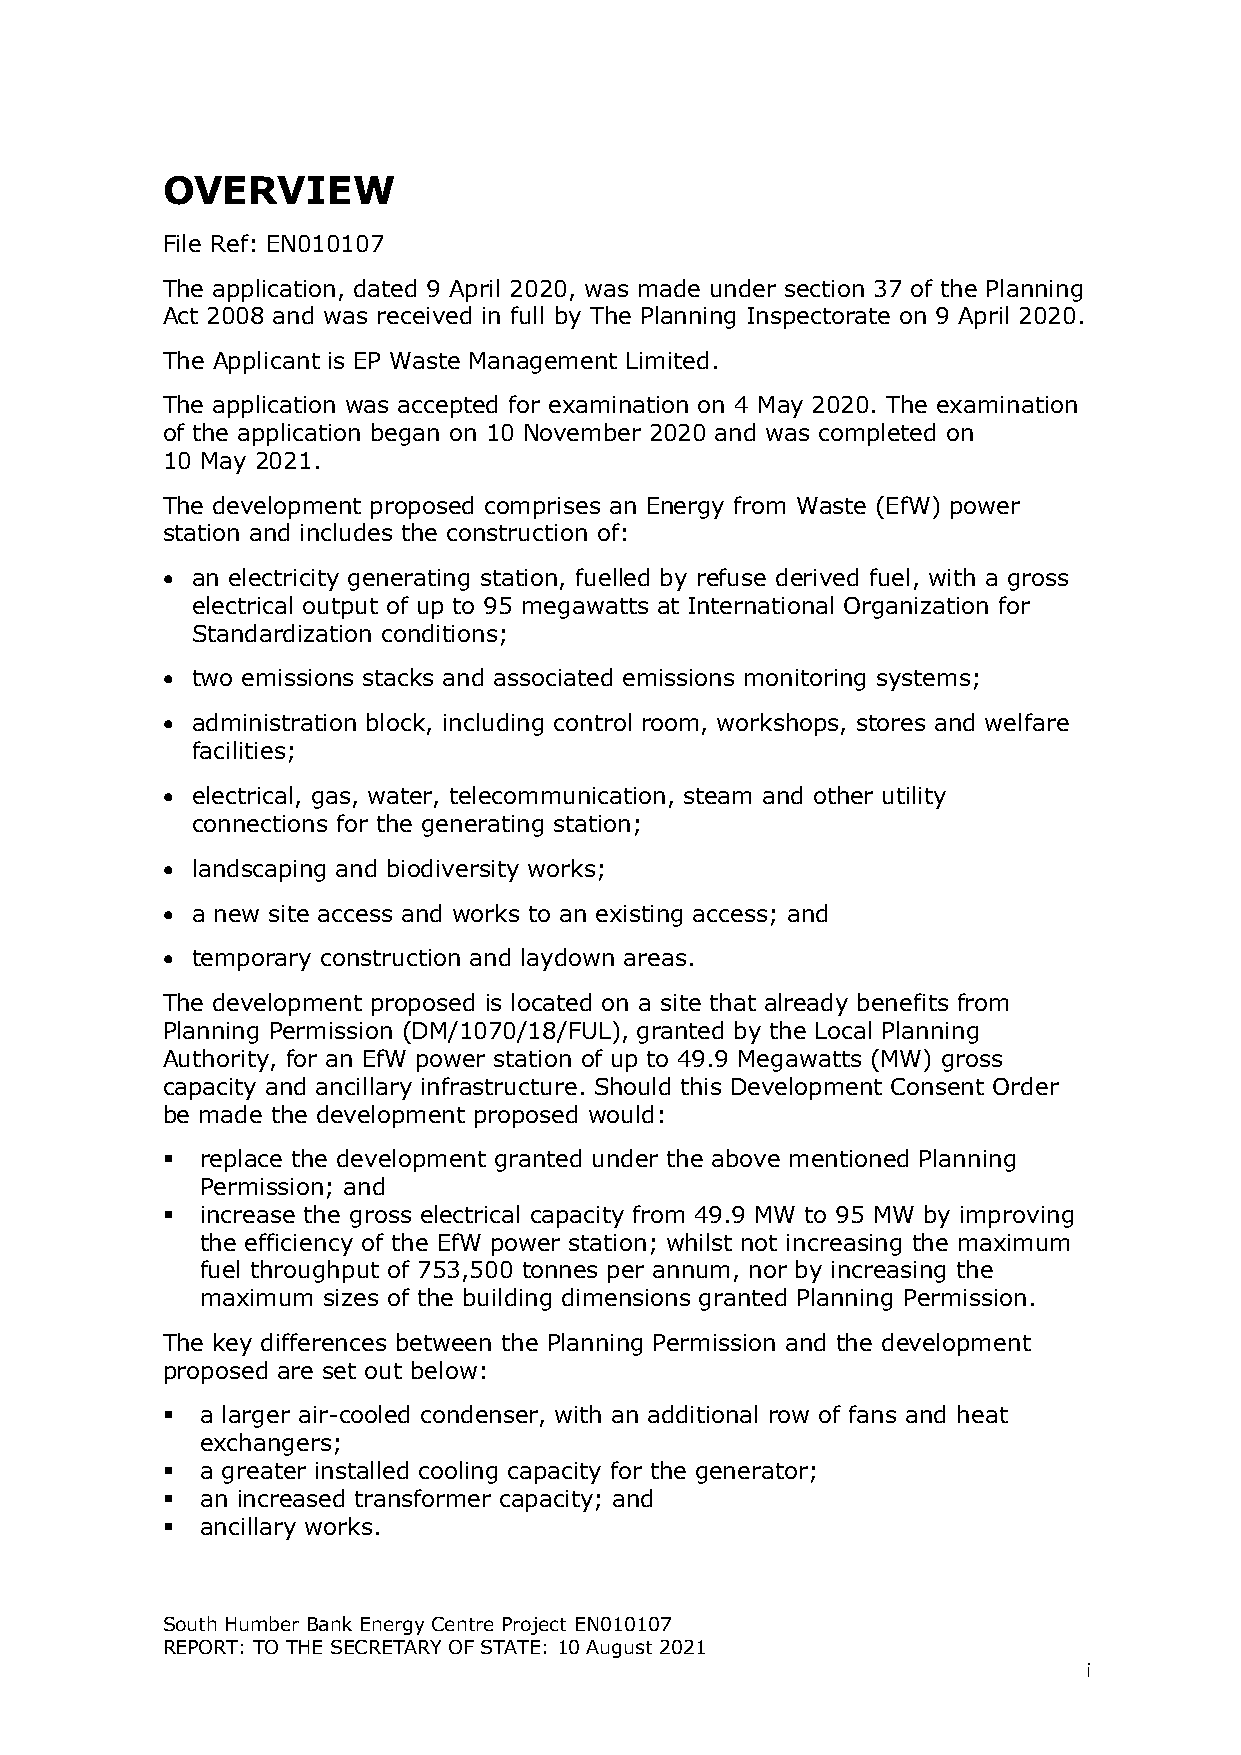
OVERVIEW
 File Ref: EN010107
 The application, dated 9 April 2020, was made under section 37 of the Planning
 Act 2008 and was received in full by The Planning Inspectorate on 9 April 2020.
 The Applicant is EP Waste Management Limited.
 The application was accepted for examination on 4 May 2020. The examination
 of the application began on 10 November 2020 and was completed on
 10 May 2021.
 The development proposed comprises an Energy from Waste (EfW) power
 station and includes the construction of:
 • an electricity generating station, fuelled by refuse derived fuel, with a gross
 electrical output of up to 95 megawatts at International Organization for
 Standardization conditions;
 • two emissions stacks and associated emissions monitoring systems;
 • administration block, including control room, workshops, stores and welfare
 facilities;
 • electrical, gas, water, telecommunication, steam and other utility
 connections for the generating station;
 • landscaping and biodiversity works;
 • a new site access and works to an existing access; and
 • temporary construction and laydown areas.
 The development proposed is located on a site that already benefits from
 Planning Permission (DM/1070/18/FUL), granted by the Local Planning
 Authority, for an EfW power station of up to 49.9 Megawatts (MW) gross
 capacity and ancillary infrastructure. Should this Development Consent Order
 be made the development proposed would:
  replace the development granted under the above mentioned Planning
 Permission; and
  increase the gross electrical capacity from 49.9 MW to 95 MW by improving
 the efficiency of the EfW power station; whilst not increasing the maximum
 fuel throughput of 753,500 tonnes per annum, nor by increasing the
 maximum sizes of the building dimensions granted Planning Permission.
 The key differences between the Planning Permission and the development
 proposed are set out below:
  a larger air-cooled condenser, with an additional row of fans and heat
 exchangers;
  a greater installed cooling capacity for the generator;
  an increased transformer capacity; and
  ancillary works.
 South Humber Bank Energy Centre Project EN010107
 REPORT: TO THE SECRETARY OF STATE: 10 August 2021
 i